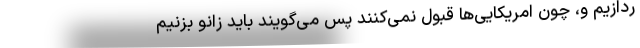
ردازیم و، چون امریکایی‌ها قبول نمی‌کنند پس می‌گویند باید زانو بزنیم